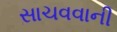
સાચવવાની